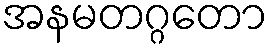
အနမတဂ္ဂတော